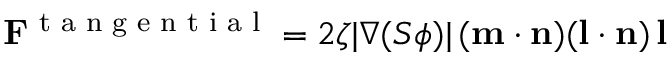
\mathbf { F } ^ { \footnotesize { \mathrm { ~ t ~ a ~ n ~ g ~ e ~ n ~ t ~ i ~ a ~ l ~ } } } = 2 \zeta | \nabla ( S \phi ) | \, ( \mathbf { m \cdot n } ) ( \mathbf { l \cdot n } ) \, \mathbf { l }